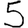
Digit: 5